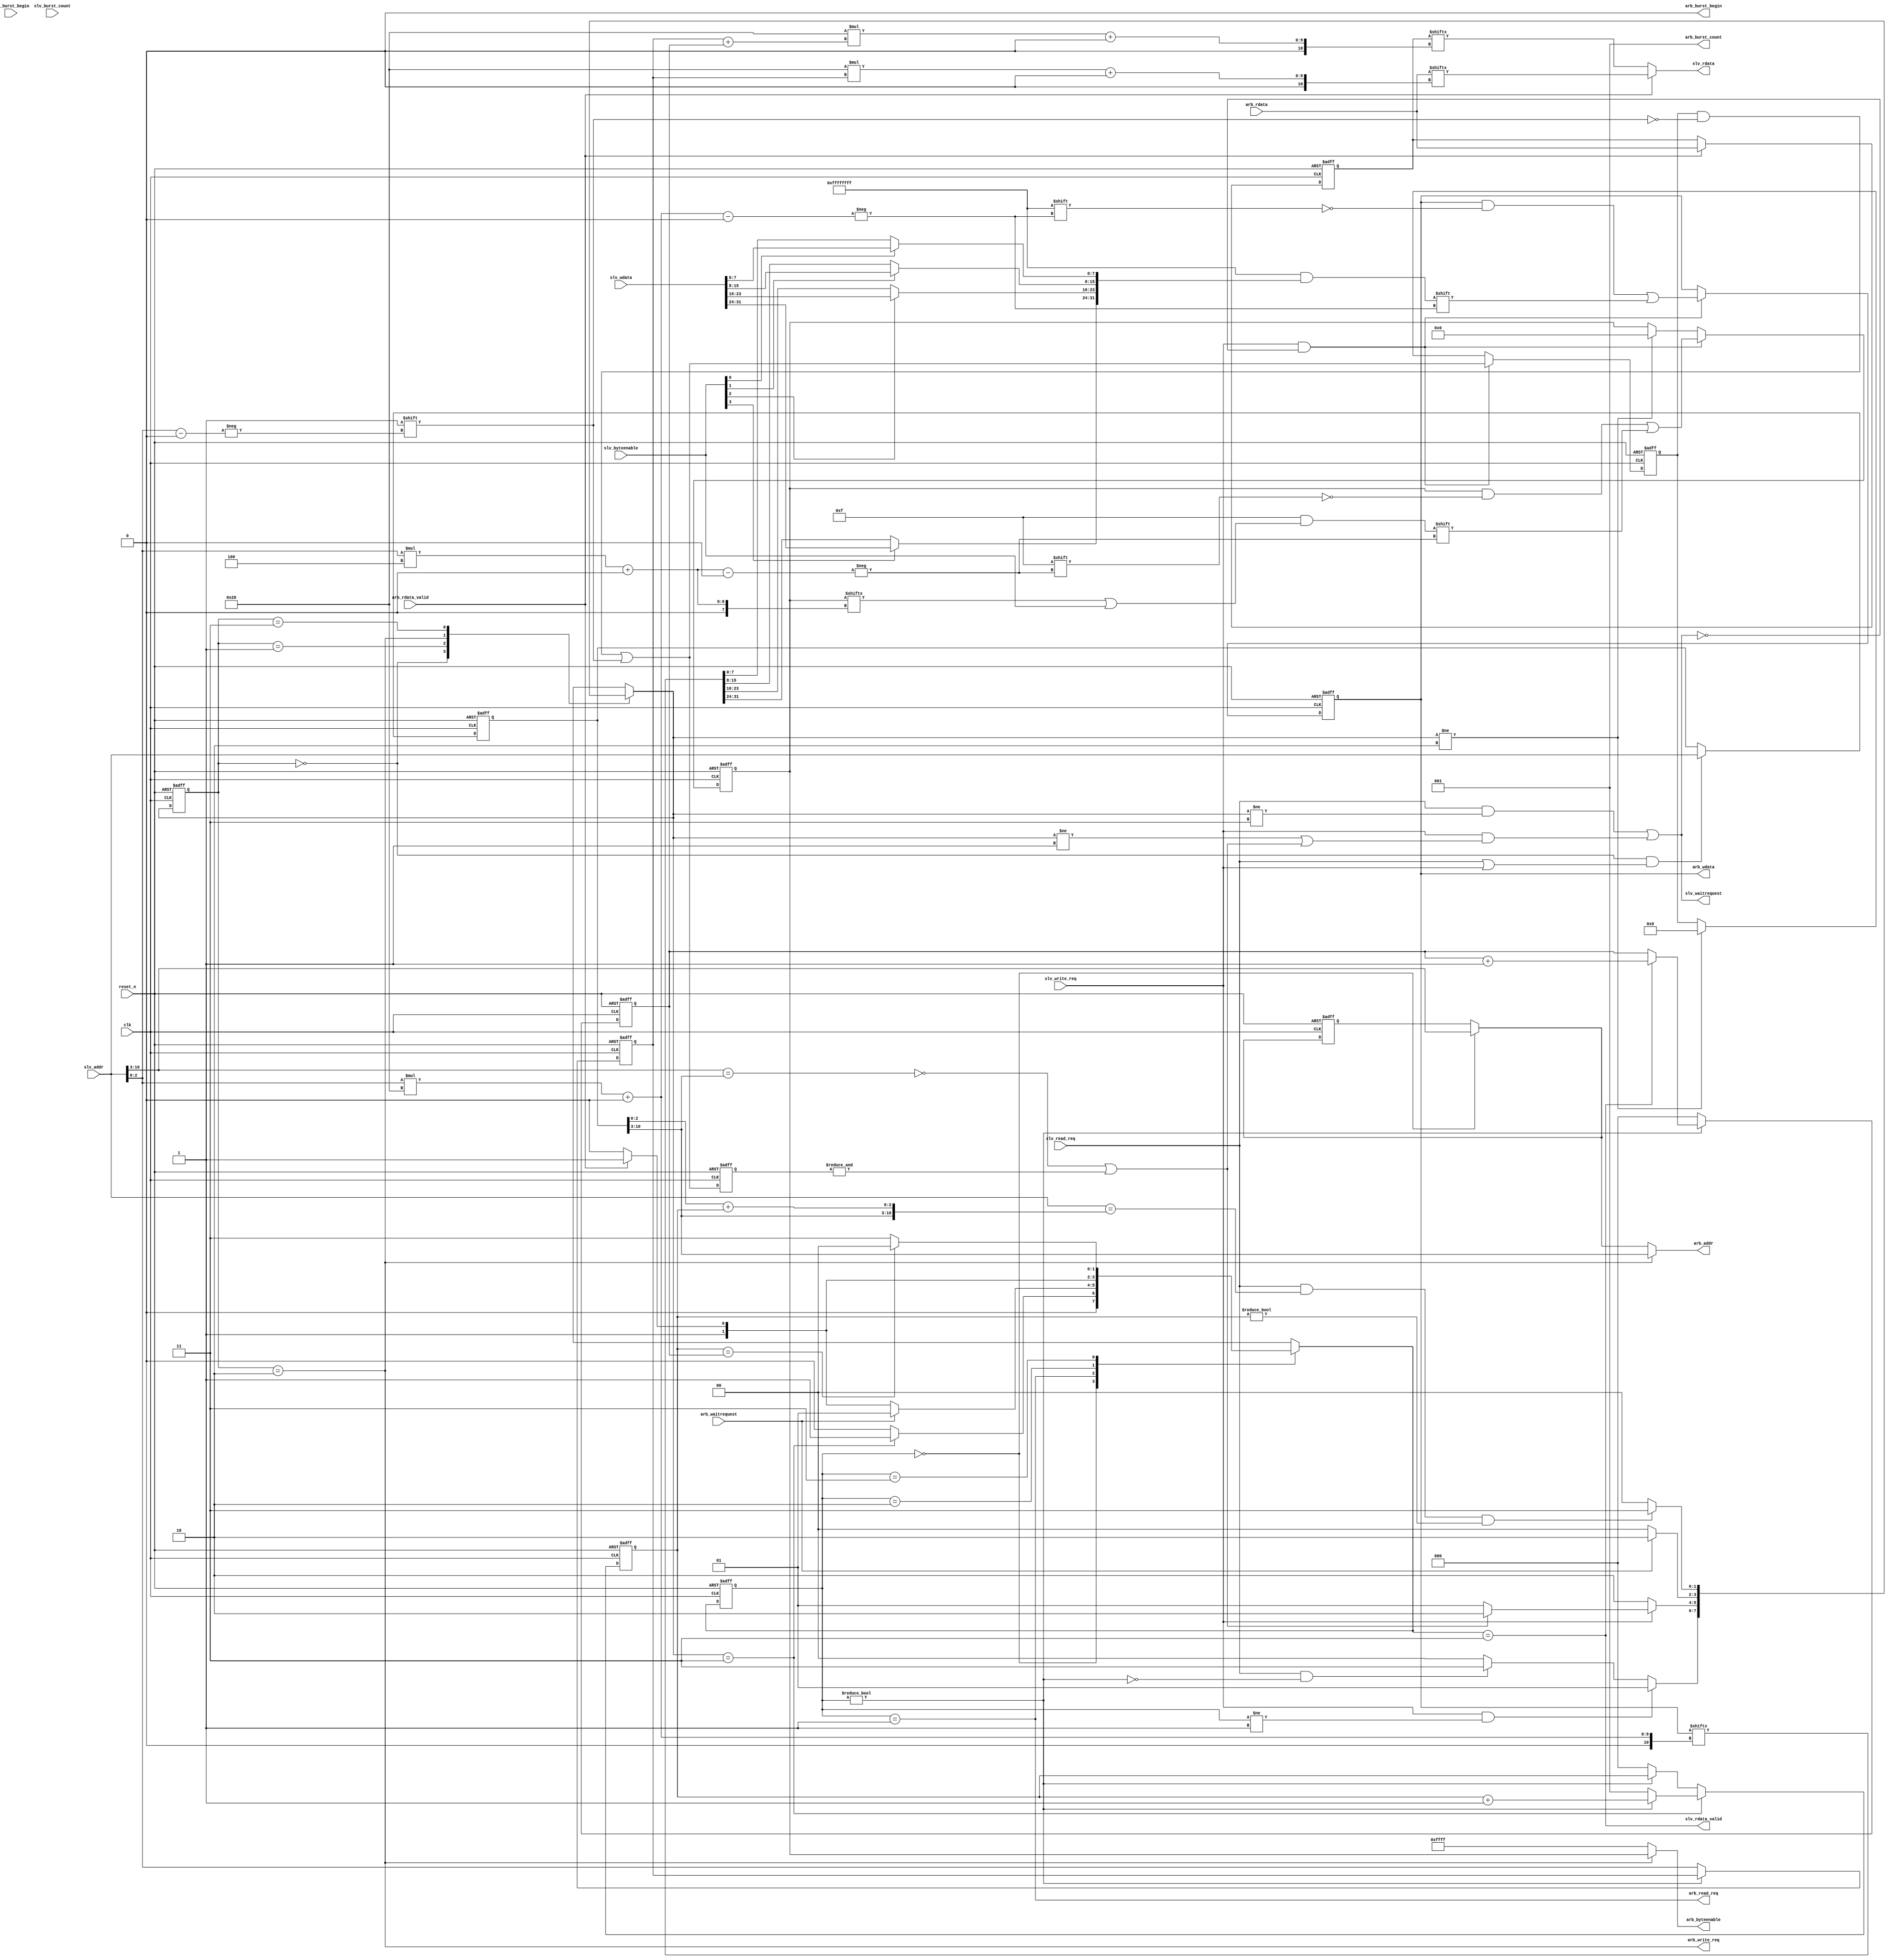
`timescale 1ns/1ps



module mpfe_width_adapting_slave_port #(

    parameter 

        SLV_ADDR_WIDTH          = 8,

        DATA_WIDTH              = 32, // ingored, fixed width for now

        BCOUNT_WIDTH            = 3   // no burst support yet

    )

    (

    

        input  wire                       clk,

        input  wire                       reset_n,

        

        input  wire                       slv_write_req,

        input  wire                       slv_read_req,

        input  wire                       slv_burst_begin,// no burst support yet

        input  wire [BCOUNT_WIDTH-1 : 0] slv_burst_count,// no burst support yet         

        input  wire [SLV_ADDR_WIDTH+3-1 : 0] slv_addr,

        input  wire [          32-1 : 0]  slv_wdata,

        input  wire [           4-1 : 0]  slv_byteenable,

        output wire                       slv_waitrequest,

        output wire                       slv_rdata_valid,

        output reg  [          32-1 : 0]  slv_rdata,

        

        output wire                       arb_write_req,

        output wire                       arb_read_req,

        output wire                       arb_burst_begin,// no burst support yet

        output wire [BCOUNT_WIDTH-1 : 0]  arb_burst_count,// no burst support yet        

        output wire [SLV_ADDR_WIDTH  -1 : 0]  arb_addr,

        output wire [         256-1 : 0]  arb_wdata,

        output wire [          32-1 : 0]  arb_byteenable,

        input  wire                       arb_waitrequest,

        input  wire                       arb_rdata_valid,

        input  wire [         256-1 : 0]  arb_rdata

    );



    localparam P_SLAVE_ADDR_WIDTH  = SLV_ADDR_WIDTH+3;

    localparam P_MASTER_ADDR_WIDTH = SLV_ADDR_WIDTH;

    

    localparam P_STATE_WIDTH            = 2;

    localparam P_STATE_IDLE             = 2'd0;

    localparam P_STATE_FILLING_WRITE    = 2'd1;

    localparam P_STATE_WRITEBACK        = 2'd2;

    localparam P_STATE_POSTING_READ     = 2'd3;

    

    reg [P_STATE_WIDTH-1:0] current_state;

    reg [P_STATE_WIDTH-1:0] next_state;

    

    wire                    read_response_pending;

    

    reg  [ 31:0]            wr_byteenables;

    reg  [255:0]            wr_data;

    reg  [  7:0]            dirty;

    

    reg  [ 31:0]            next_wr_byteenables;

    reg  [255:0]            next_wr_data;

    reg  [  7:0]            next_dirty;

    reg  [  7:0]            next_dirty_r;

    

    wire                    address_in_sequence;

    reg  [2:0]              read_post_count;

    wire [2:0]              exp_read_address_offset;

    reg  [2:0]              read_resp_count;

    reg  [2:0]              read_resp_offset;

    wire [2:0]              read_resp_idx;

    reg  [255:0]            read_data_buffer;

    reg  [P_SLAVE_ADDR_WIDTH-1:0] slv_addr_r;

    

    wire [P_SLAVE_ADDR_WIDTH-3-1:0] read_address;

    reg  [P_SLAVE_ADDR_WIDTH-3-1:0] read_address_r;

    

    

    localparam READ_RESP_WIDTH    = 2;

    localparam READ_RESP_IDLE     = 2'd0;

    localparam READ_RESP_ISSUE    = 2'd1;

    localparam READ_RESP_WAIT     = 2'd2;

    localparam READ_RESP_RESPOND  = 2'd3;

    

    reg [READ_RESP_WIDTH-1:0] current_read_resp_state;

    reg [READ_RESP_WIDTH-1:0] next_read_resp_state;

    

    wire address_line_match = (slv_addr[P_SLAVE_ADDR_WIDTH-1:3] == slv_addr_r[P_SLAVE_ADDR_WIDTH-1:3]);

    wire stop_write = ((!address_line_match) || (&next_dirty_r));

    

    always @(posedge clk or negedge reset_n)

    begin

       if(!reset_n)

          next_dirty_r <= 0;

       else

          next_dirty_r <= next_dirty;

    end

    

    

    always @(posedge clk or negedge reset_n)

    begin

       if(!reset_n)

          current_state <= P_STATE_IDLE;

       else

          current_state <= next_state;

    end

    

    always @*

    begin

       casez(current_state)

          P_STATE_IDLE:

          begin

             if(slv_write_req && (current_read_resp_state != READ_RESP_ISSUE))

                next_state = P_STATE_FILLING_WRITE;

             else if(slv_read_req & !read_response_pending)

                next_state = P_STATE_POSTING_READ;

             else

                next_state = P_STATE_IDLE;

          end

    

          P_STATE_FILLING_WRITE:

          begin

             if(!slv_write_req)

                next_state = P_STATE_WRITEBACK;

             else if(stop_write)

                next_state = P_STATE_WRITEBACK;

             else

                next_state = P_STATE_FILLING_WRITE;

          end

    

          P_STATE_WRITEBACK:

          begin

             if(arb_waitrequest)

                next_state = P_STATE_WRITEBACK;

             else

                next_state = P_STATE_IDLE;

          end

    

          P_STATE_POSTING_READ:

          begin

             if(slv_read_req && address_in_sequence && (read_post_count != 3'b0))

                next_state = P_STATE_POSTING_READ;

             else

                next_state = P_STATE_IDLE;

          end

       endcase

    end

    

    /*assign slv_waitrequest = (slv_read_req  && (current_state != P_STATE_POSTING_READ) && !((current_state == P_STATE_IDLE) && !read_response_pending)) ||

                                  (slv_write_req && (current_state != P_STATE_FILLING_WRITE) && (current_state != P_STATE_IDLE));*/

    /*assign slv_waitrequest = (slv_read_req  && (next_state != P_STATE_POSTING_READ)) ||

                                  (slv_write_req && (current_state != P_STATE_FILLING_WRITE) && (current_state != P_STATE_IDLE));*/

    /*assign slv_waitrequest = (slv_read_req  && (next_state != P_STATE_POSTING_READ)) ||

                                  (slv_write_req && (current_state != P_STATE_FILLING_WRITE) && (next_state != P_STATE_FILLING_WRITE));*/

    assign slv_waitrequest = ((slv_read_req  && (next_state != P_STATE_POSTING_READ)) ||

                                  (slv_write_req && ((next_state != P_STATE_FILLING_WRITE) || stop_write)));

    

    

    assign arb_addr         = (current_state == P_STATE_WRITEBACK) ? {slv_addr_r[P_SLAVE_ADDR_WIDTH-1:3]} :

                                  {read_address};

                                  

    assign arb_burst_count  = 'h1;                                  

    assign arb_burst_begin  = 0;                                  

    assign arb_write_req    = (current_state == P_STATE_WRITEBACK);

    assign arb_read_req     = (current_read_resp_state == READ_RESP_ISSUE);

    assign arb_byteenable   = (current_state == P_STATE_WRITEBACK) ? wr_byteenables : 32'hffff;

    assign arb_wdata        = wr_data;

    assign read_address     = (current_read_resp_state == READ_RESP_IDLE) ? slv_addr[P_SLAVE_ADDR_WIDTH-1:3] : read_address_r;

    

    always @*

    begin : NEXT_STORAGE

       reg [31:0] temp;

       next_wr_byteenables = wr_byteenables;

       next_wr_data        = wr_data;

       next_dirty          = dirty;

    

       next_wr_byteenables[slv_addr[2:0]*4 +: 4] = next_wr_byteenables[slv_addr[2:0]*4 +: 4] | slv_byteenable;

       temp = next_wr_data[slv_addr[2:0]*32 +: 32];

    

       temp[ 7: 0] = slv_byteenable[0] ? slv_wdata[ 7: 0] : temp[ 7: 0];

       temp[15: 8] = slv_byteenable[1] ? slv_wdata[15: 8] : temp[15: 8];

       temp[23:16] = slv_byteenable[2] ? slv_wdata[23:16] : temp[23:16];

       temp[31:24] = slv_byteenable[3] ? slv_wdata[31:24] : temp[31:24];

    

    

       next_wr_data[slv_addr[2:0]*32 +: 32] = temp;

       next_dirty[slv_addr[2:0]] = 1'b1;

    end

    

    

    always @(posedge clk or negedge reset_n)

    begin

       if(!reset_n)

       begin

          wr_byteenables <= 32'b0;

          wr_data        <= 256'b0;

          dirty          <= 8'b0;

       end

       else

       begin

          if(slv_write_req && !slv_waitrequest)

          begin

             wr_byteenables <= next_wr_byteenables;

             wr_data        <= next_wr_data;

             dirty          <= next_dirty;

          end

          else if(next_state != P_STATE_WRITEBACK)

          begin

             wr_byteenables <= 32'b0;

             dirty          <= 8'b0;

          end

       end

    end

    

    

    always @(posedge clk or negedge reset_n)

    begin

       if(!reset_n)

       begin

          read_post_count  <= 3'b0;

          read_resp_count  <= 3'b0;

          slv_addr_r <= {P_SLAVE_ADDR_WIDTH{1'b0}};

          read_resp_offset <= 3'b0;

          read_data_buffer <= 256'b0;

          read_address_r   <= {P_SLAVE_ADDR_WIDTH-3{1'b0}};

       end

       else

       begin

          if(current_state == P_STATE_IDLE && (slv_read_req || slv_write_req)) // can only sample Avalon bus when there's a valid transaction

             slv_addr_r <= slv_addr;

    

          if(next_state == P_STATE_POSTING_READ)

          begin

             if(!read_response_pending)

                read_post_count <= 3'b1;

             else

                read_post_count <= read_post_count + 1'b1;

          end

          else if(!read_response_pending)

             read_post_count <= 3'b0;

    

          if(!read_response_pending)

          begin

             read_resp_count <= 3'b0;

             read_resp_offset <= slv_addr[2:0];

          end

          else if(slv_rdata_valid)

          begin

             read_resp_count <= read_resp_count + 1'b1;

          end

    

          if(arb_rdata_valid)

             read_data_buffer <= arb_rdata;

    

          if(current_read_resp_state == READ_RESP_IDLE)

             read_address_r <= slv_addr[P_SLAVE_ADDR_WIDTH-1:3];

       end

    end

    

    assign exp_read_address_offset = slv_addr_r[2:0] + read_post_count;

    assign address_in_sequence = (slv_addr == {slv_addr_r[P_SLAVE_ADDR_WIDTH-1:3], exp_read_address_offset});

    

    

    always @(posedge clk or negedge reset_n)

    begin

       if(!reset_n)

          current_read_resp_state <= READ_RESP_IDLE;

       else

          current_read_resp_state <= next_read_resp_state;

    end

    

    always @*

    begin

       casez(current_read_resp_state)

          READ_RESP_IDLE:

          begin

             if(next_state == P_STATE_POSTING_READ)

                next_read_resp_state = READ_RESP_ISSUE;

             else

                next_read_resp_state = READ_RESP_IDLE;

          end

    

          READ_RESP_ISSUE:

          begin

             if(arb_waitrequest)

                next_read_resp_state = READ_RESP_ISSUE;

             else if(arb_rdata_valid)

                next_read_resp_state = READ_RESP_RESPOND;

             else

                next_read_resp_state = READ_RESP_WAIT;

          end

    

          READ_RESP_WAIT:

          begin

             if(arb_rdata_valid)

                next_read_resp_state = READ_RESP_RESPOND;

             else

                next_read_resp_state = READ_RESP_WAIT;

          end

    

          READ_RESP_RESPOND:

          begin

             if(read_post_count == read_resp_count)

                next_read_resp_state = READ_RESP_IDLE;

             else

                next_read_resp_state = READ_RESP_RESPOND;

          end

       endcase

    end

    

    assign read_response_pending = (current_read_resp_state != READ_RESP_IDLE);

    assign slv_rdata_valid = (next_read_resp_state == READ_RESP_RESPOND);

    assign read_resp_idx = read_resp_offset + read_resp_count;

    

    always @*

    begin

       if(arb_rdata_valid)

          slv_rdata = arb_rdata[32*read_resp_offset +: 32];

       else

          slv_rdata = read_data_buffer[32*read_resp_idx +: 32];

    end



endmodule